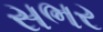
સભર